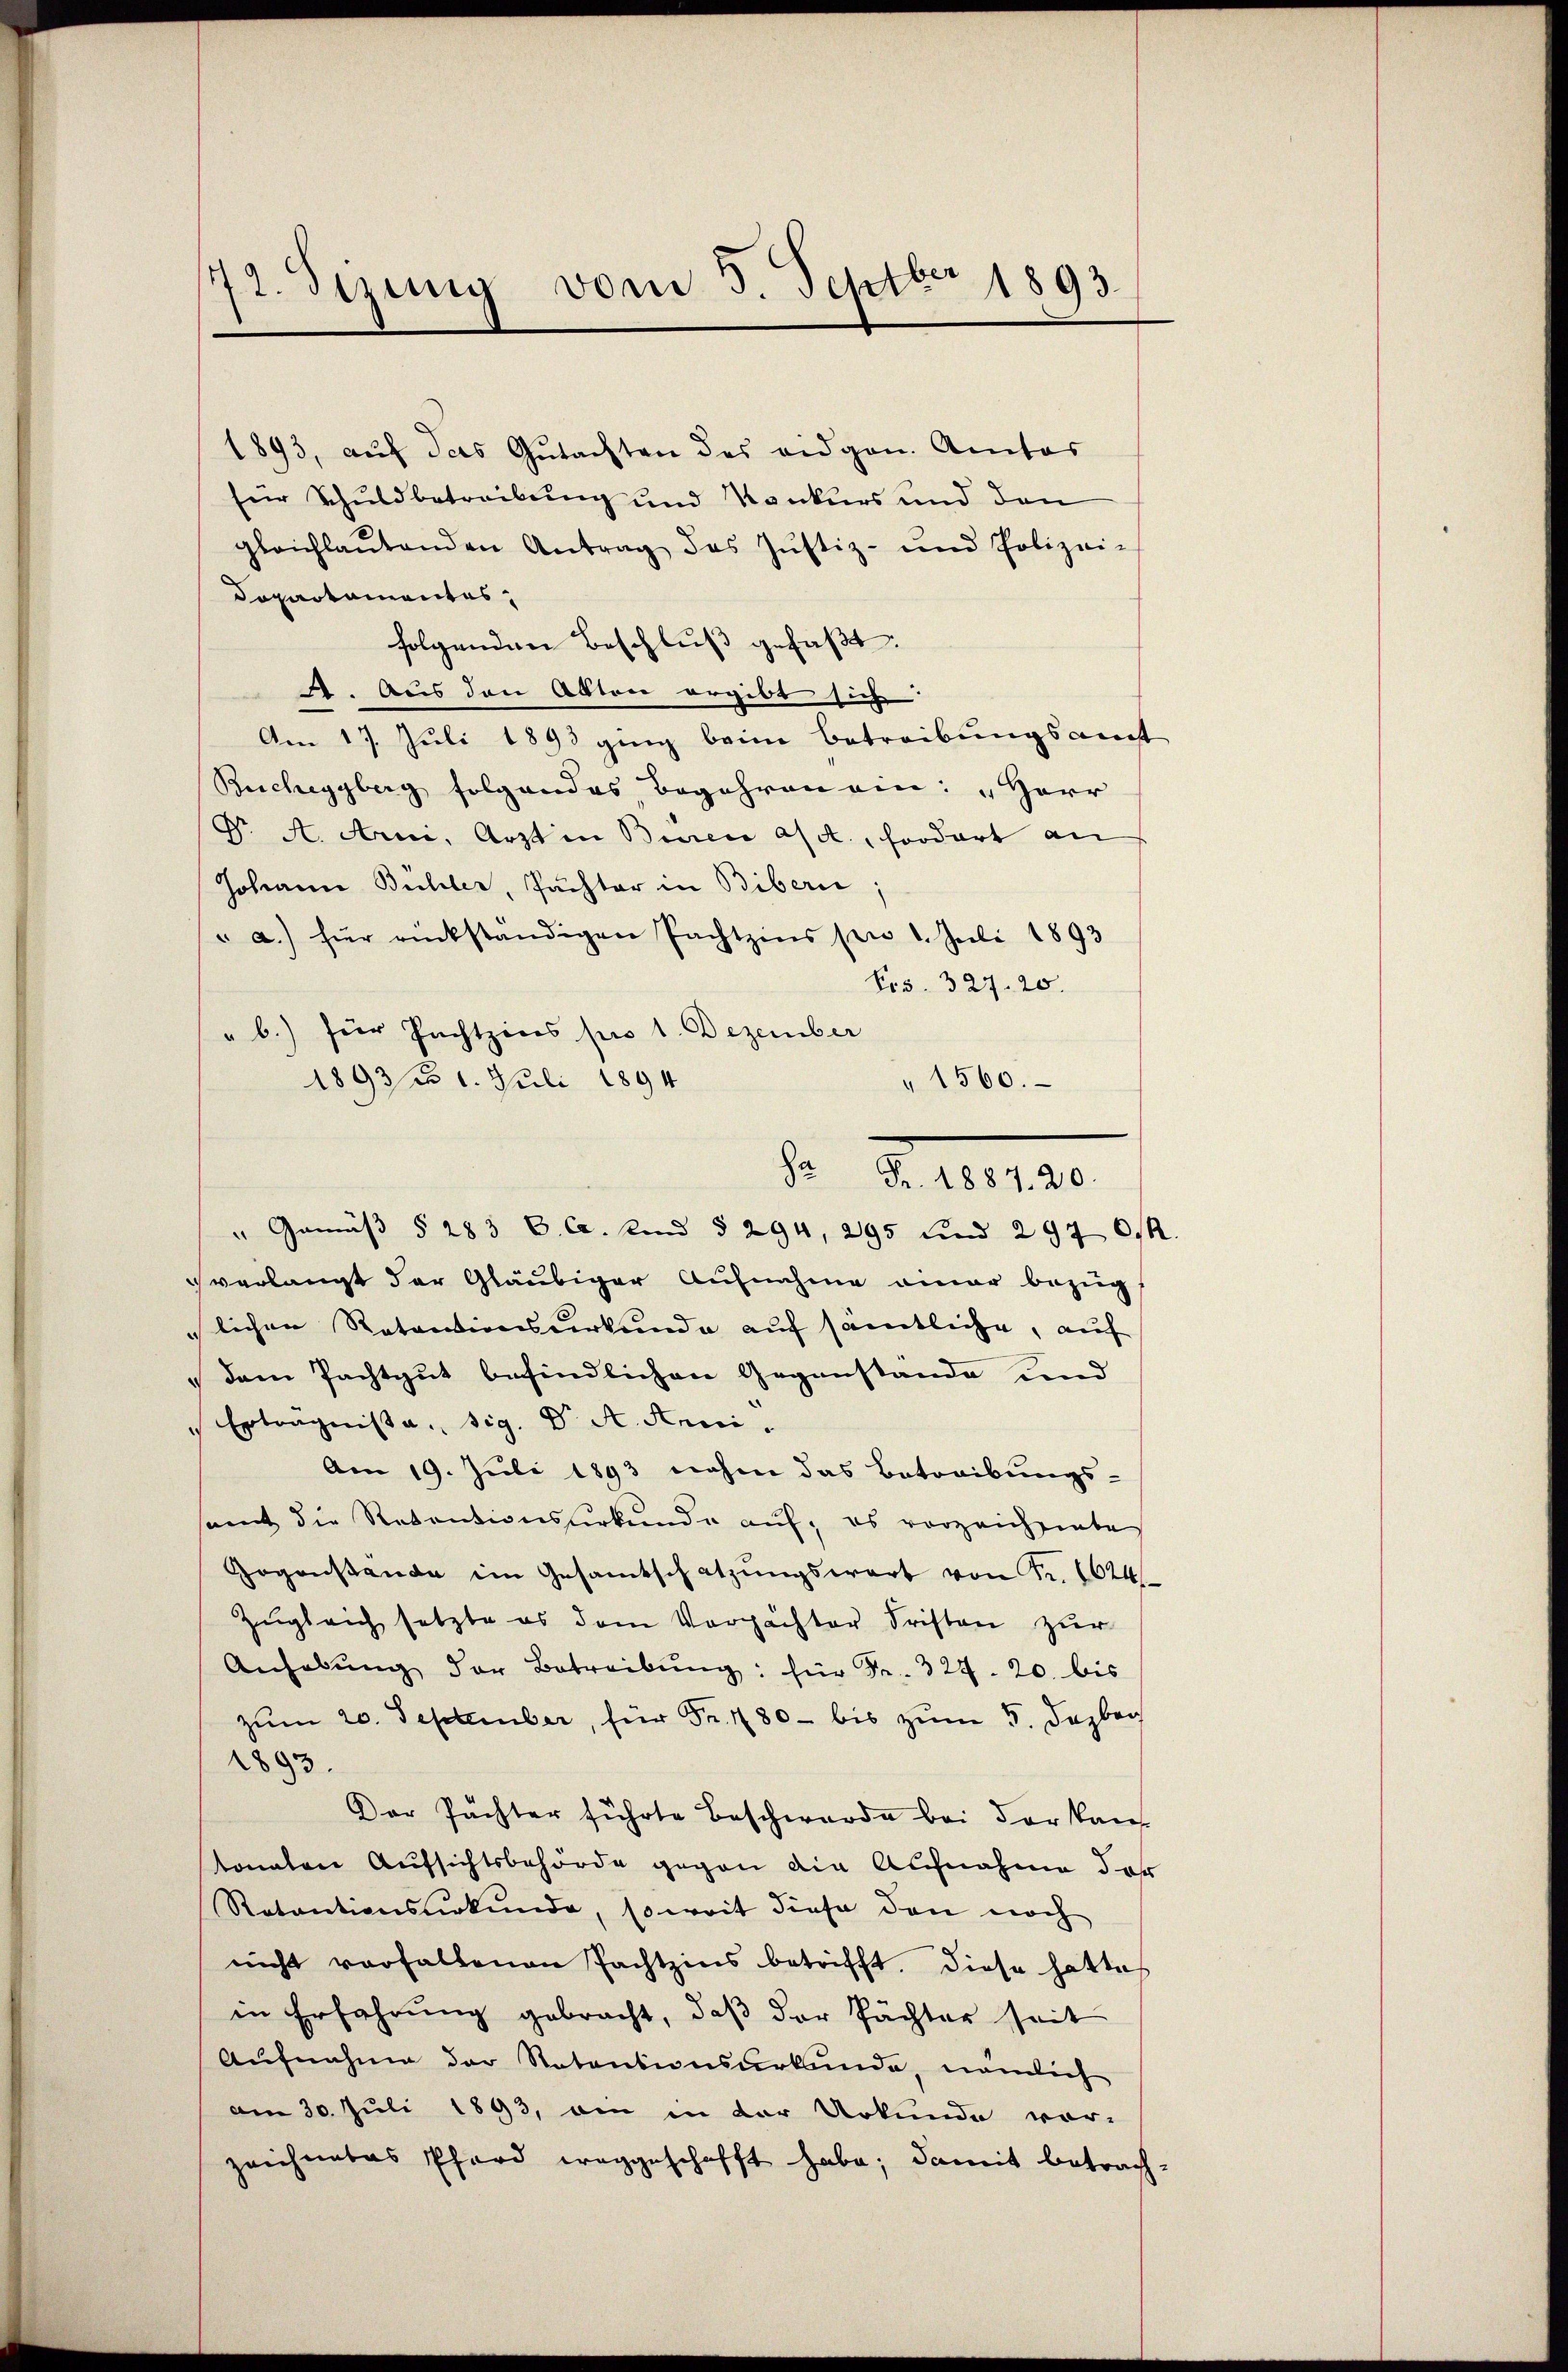
72. Sizens vom 5. Septbr 1893.

1893, auf das Gutachten des eidgen. Amtes
für Schuldbetreibung und Konkurs und den
gleichlaŭtenden Antrag des Jŭstiz- und Polizei-
Departamentes,
folgenden Beschluß gefaßt:
1. Aus den Akten ergibt sich
Am 17. Juli 1893 ging beim Betreibungsamt
Bucheggberg folgendes Begehren ein: „Herr
Dr. A. Arm, Arzt in Bieren a/A., fordert an
Johann Bühler, Pachter in Biber;
" a.) hier rückständigen Pachtzins pro 1. Juli 1893
Frs. 327. 20.
" b.) für Pachtzins pro 1. Dezember
1893/ 1. Juli 1894
" 1560.
" Gemäss § 283 C. A. Und § 294, 295 und 297 0
verlangt der Gläubiger Aufnahme einer bezug
lichen Retentionsurkunde auf sämtliche, auf
dem Pachtgut befindlichen Gegenstande und
 Ertragnisse, sig. Dr A. Anni.
Am 19. Juli 1893 nahm das Betreibungs-
samt die Reventionssirkunde auf, es vorzeichnete
Goganstände im Gesamtschatzŭngswart von Fr. 1624
Zugleich setzte es dem Verpächter Fristen zur
Anhebŭng der Betreibŭng für Fr. 327. 20. bis
zum 20. September, für Fr. 180 bis zum 5. Dezbr
1893.
Der Pächter führte Beschwerde bei der kan
tonalen Aufsichtsbehörde gegen die Aufnahme dar
Rotantionsurkunde, so weit diese den noch
nicht vorfallenen Pachtzins betrifft. Diese hatte
in Erfahrung gebracht, daβ der Pächter seit
Aufnahme der Notentionsurkunde, nämlich
am 30. Juli 1893, am in der Urkunde vor-
zeichnetes Pferd weggeschafft habe; damit betrach-

Sr Fr. 1887. 20.

.